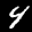
Label: 4